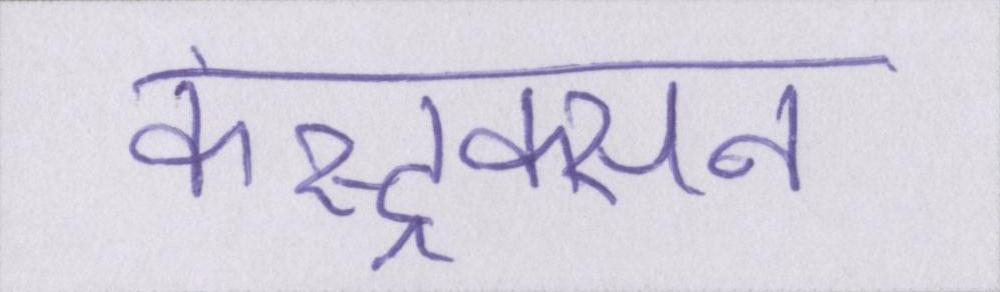
कंस्ट्रक्सन